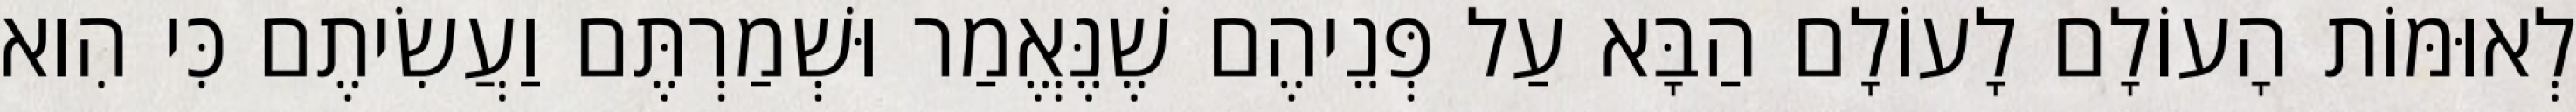
לְאוּמּוֹת הָעוֹלָם לָעוֹלָם הַבָּא עַל פְּנֵיהֶם שֶׁנֶּאֱמַר וּשְׁמַרְתֶּם וַעֲשִׂיתֶם כִּי הִוא